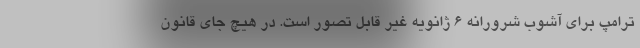
ترامپ برای آشوب شرورانه ۶ ژانویه غیر قابل تصور است. در هیچ جای قانون